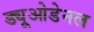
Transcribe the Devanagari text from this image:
ड्यूओडेनल